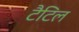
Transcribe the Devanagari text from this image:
टैटिल